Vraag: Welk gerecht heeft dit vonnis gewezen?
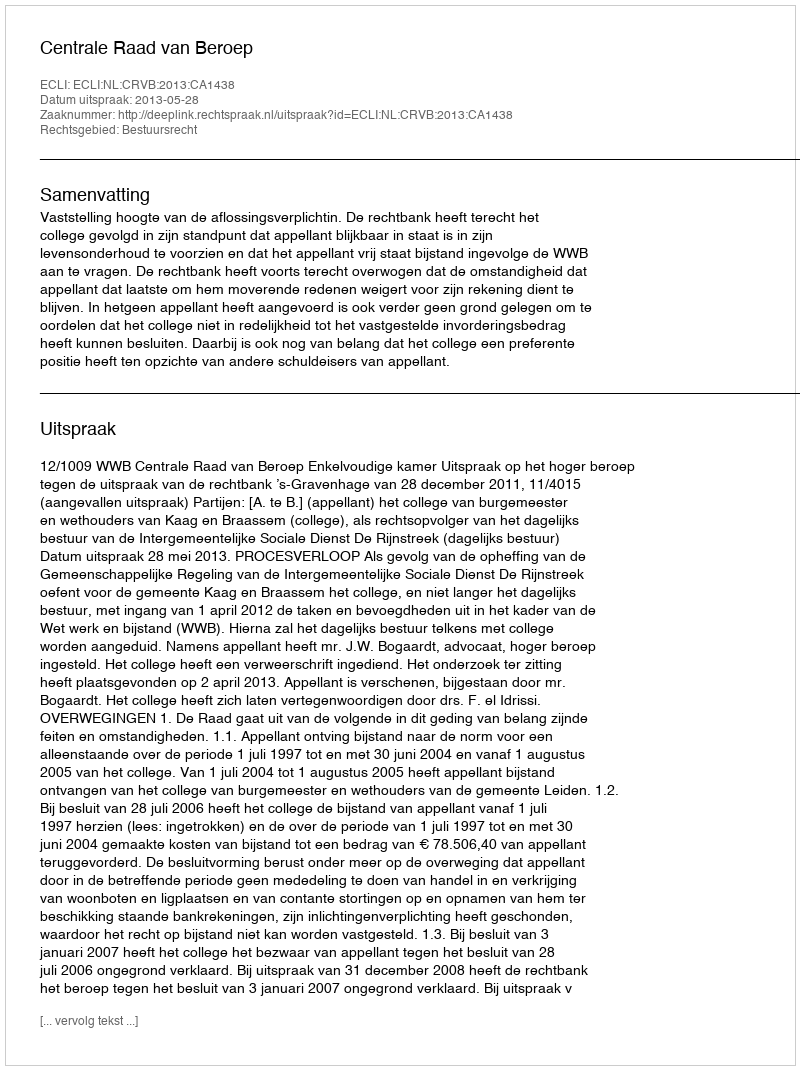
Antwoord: Centrale Raad van Beroep